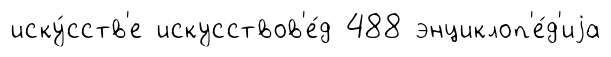
иску́сств'е искусствов'е́д 488 энциклоп'е́д'иjа